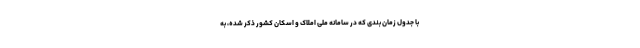
با جدول زمان بندی که در سامانه ملی املاک و اسکان کشور ذکر شده، به